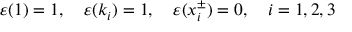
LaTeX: \varepsilon ( 1 ) = 1 , \quad \varepsilon ( k _ { i } ) = 1 , \quad \varepsilon ( x _ { i } ^ { \pm } ) = 0 , \quad i = 1 , 2 , 3